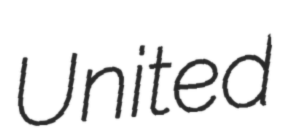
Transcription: United